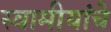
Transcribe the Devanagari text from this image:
स्वामीयांचे